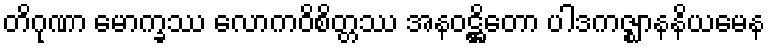
တိဂုဏာ မောက္ခဿ လောကဝိစိတ္တဿ အနဝဋ္ဌိတော ပါဒကဇ္ဈာနနိယမေန